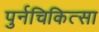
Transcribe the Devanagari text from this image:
पुर्नचिकित्सा